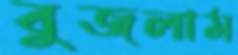
বুজলাম